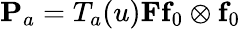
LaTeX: \textbf{P}_{a}=T_{a}(u)\textbf{F}\textbf{f}_{0}\otimes\textbf{f}_{0}